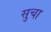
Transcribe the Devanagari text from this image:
सुचा